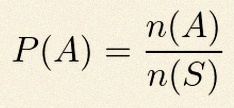
P(A)=\frac{n(A)}{n(S)}